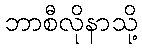
ဘာစီလိုနာသို့